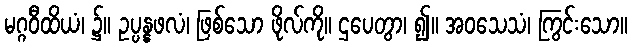
မဂ္ဂဝီထိယံ၊ ၌။ ဥပ္ပန္နဖလံ၊ ဖြစ်သော ဖိုလ်ကို။ ဌပေတွာ၊ ၍။ အဝသေသံ၊ ကြွင်းသော။